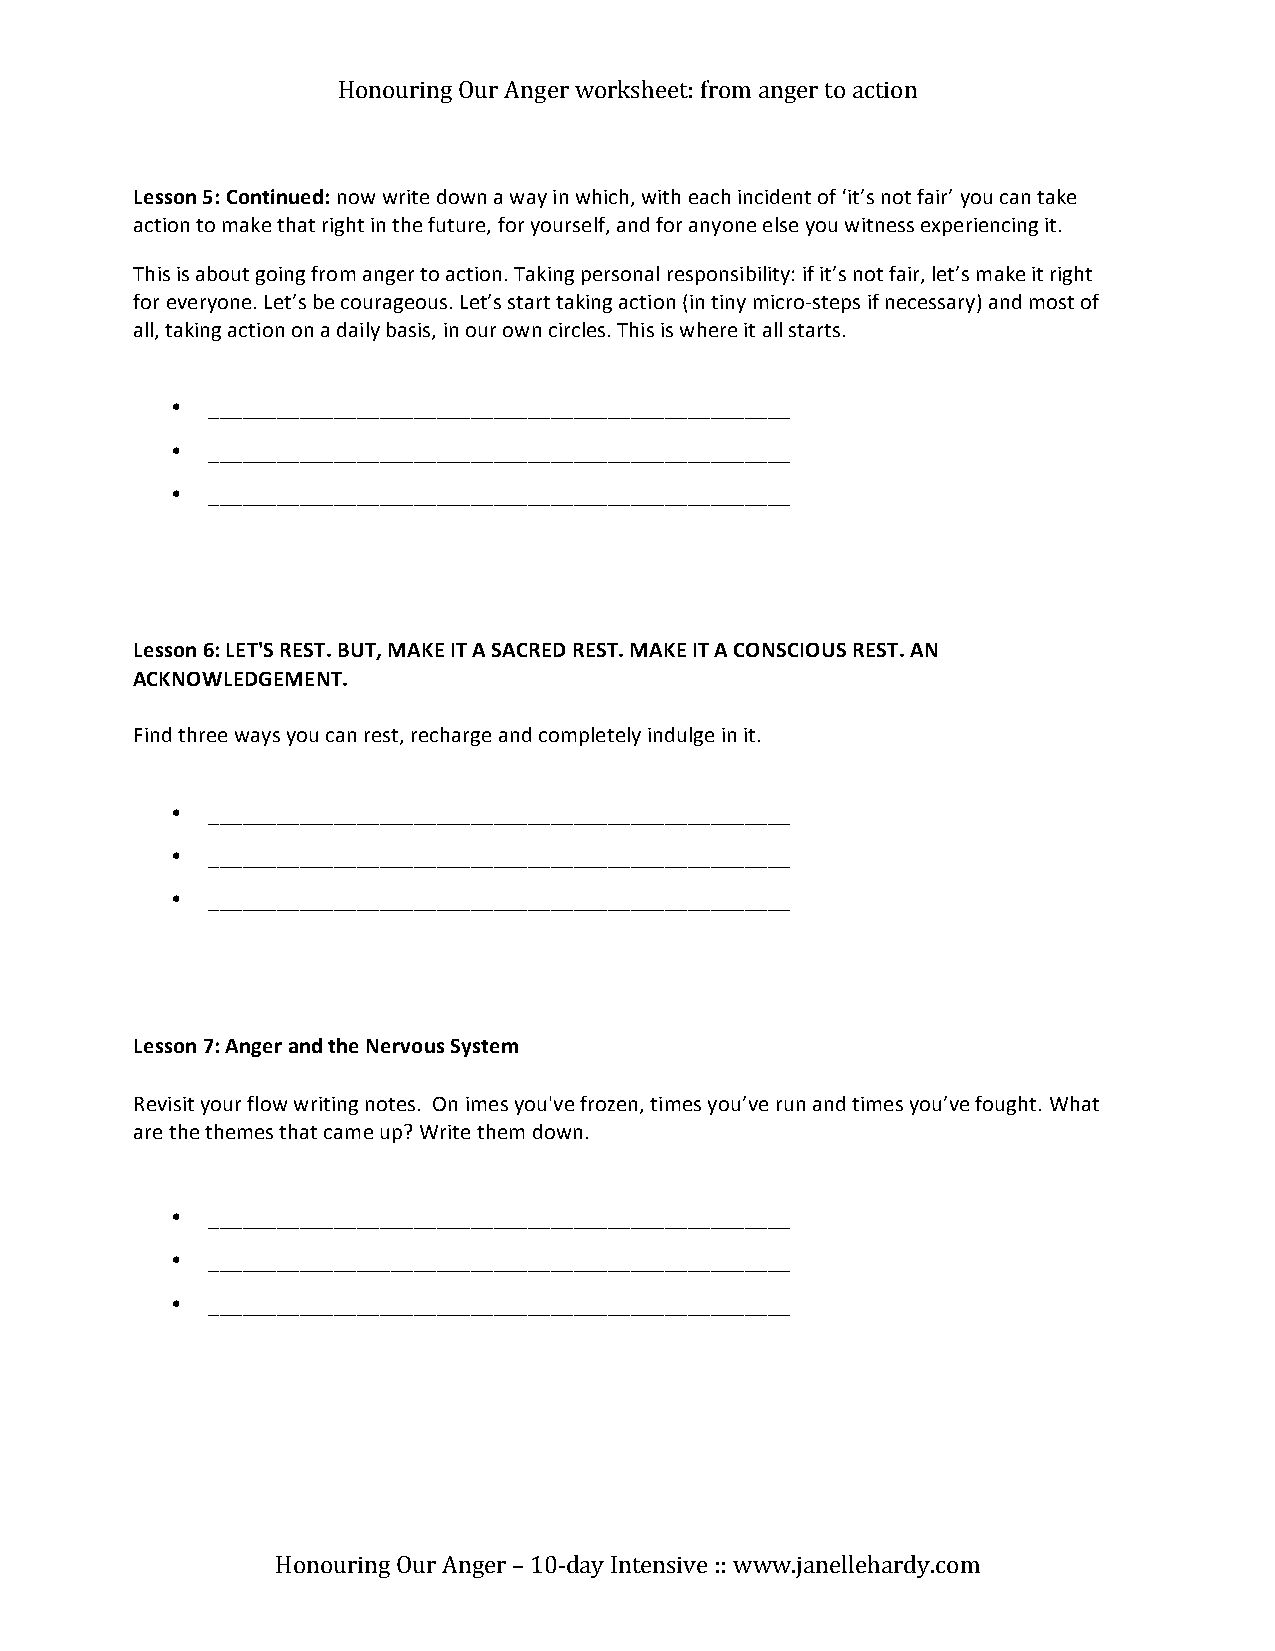
Honouring Our Anger worksheet: from anger to action
 Lesson 5: Continued: now write down a way in which, with each incident of ‘it’s not fair’ you can take
 action to make that right in the future, for yourself, and for anyone else you witness experiencing it.
 This is about going from anger to action. Taking personal responsibility: if it’s not fair, let’s make it right
 for everyone. Let’s be courageous. Let’s start taking action (in tiny micro-steps if necessary) and most of
 all, taking action on a daily basis, in our own circles. This is where it all starts.
 •  ___________________________________________________
 •  ___________________________________________________
 •  ___________________________________________________
 Lesson 6: LET'S REST. BUT, MAKE IT A SACRED REST. MAKE IT A CONSCIOUS REST. AN
 ACKNOWLEDGEMENT.
 Find three ways you can rest, recharge and completely indulge in it.
 •  ___________________________________________________
 •  ___________________________________________________
 •  ___________________________________________________
 Lesson 7: Anger and the Nervous System
 Revisit your flow writing notes. On imes you've frozen, times you’ve run and times you’ve fought. What
 are the themes that came up? Write them down.
 •  ___________________________________________________
 •  ___________________________________________________
 •  ___________________________________________________
 Honouring Our Anger – 10-day Intensive :: www.janellehardy.com